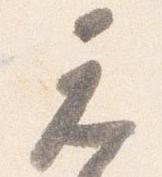
元